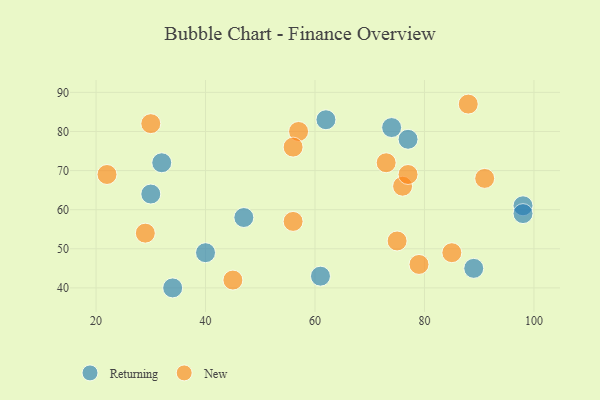
{"axis": {"x": "GDP", "y": "Life Expectancy"}, "legend": ["New", "Returning"], "data": [{"x": "89", "y": 45, "type": "Returning"}, {"x": "77", "y": 78, "type": "Returning"}, {"x": "98", "y": 61, "type": "Returning"}, {"x": "40", "y": 49, "type": "Returning"}, {"x": "61", "y": 43, "type": "Returning"}, {"x": "98", "y": 59, "type": "Returning"}, {"x": "74", "y": 81, "type": "Returning"}, {"x": "32", "y": 72, "type": "Returning"}, {"x": "34", "y": 40, "type": "Returning"}, {"x": "47", "y": 58, "type": "Returning"}, {"x": "30", "y": 64, "type": "Returning"}, {"x": "62", "y": 83, "type": "Returning"}, {"x": "22", "y": 69, "type": "New"}, {"x": "56", "y": 57, "type": "New"}, {"x": "57", "y": 80, "type": "New"}, {"x": "91", "y": 68, "type": "New"}, {"x": "75", "y": 52, "type": "New"}, {"x": "29", "y": 54, "type": "New"}, {"x": "76", "y": 66, "type": "New"}, {"x": "30", "y": 82, "type": "New"}, {"x": "45", "y": 42, "type": "New"}, {"x": "79", "y": 46, "type": "New"}, {"x": "77", "y": 69, "type": "New"}, {"x": "56", "y": 76, "type": "New"}, {"x": "88", "y": 87, "type": "New"}, {"x": "73", "y": 72, "type": "New"}, {"x": "85", "y": 49, "type": "New"}]}